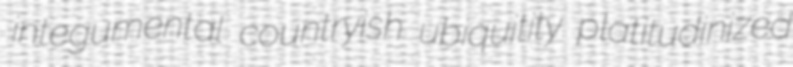
integumental countryish ubiquitity platitudinized